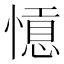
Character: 𢡡